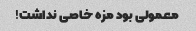
معمولی بود مزه خاصی نداشت!